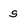
Character: s